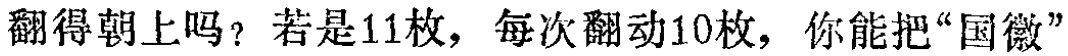
翻得朝上吗？若是11枚，每次翻动10枚，你能把“国徽”